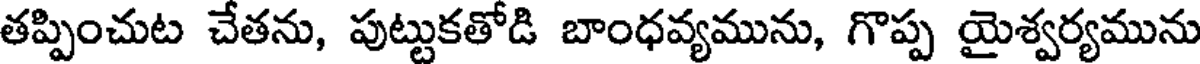
తప్పించుట చేతను, పుట్టుకతోడి బాంధవ్యమును, గొప్ప యైశ్వర్యమును